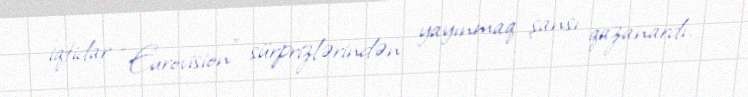
iqtidar “Eurovision” sürprizlərindən yayınmaq şansı qazanardı.